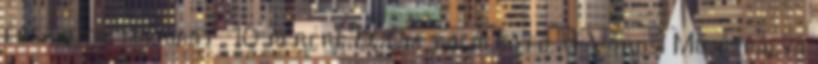
érezhetik magukat, 10 percre 800m található. A Városi Műjégpálya